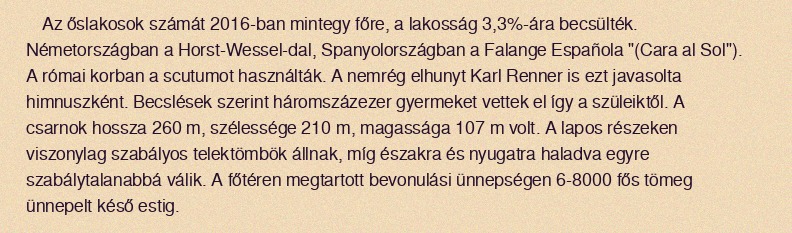
Az őslakosok számát 2016-ban mintegy főre, a lakosság 3,3%-ára becsülték. Németországban a Horst-Wessel-dal, Spanyolországban a Falange Española "(Cara al Sol"). A római korban a scutumot használták. A nemrég elhunyt Karl Renner is ezt javasolta himnuszként. Becslések szerint háromszázezer gyermeket vettek el így a szüleiktől. A csarnok hossza 260 m, szélessége 210 m, magassága 107 m volt. A lapos részeken viszonylag szabályos telektömbök állnak, míg északra és nyugatra haladva egyre szabálytalanabbá válik. A főtéren megtartott bevonulási ünnepségen 6-8000 fős tömeg ünnepelt késő estig.